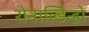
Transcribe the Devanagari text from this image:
रोनाल्‍डिन्‍हो